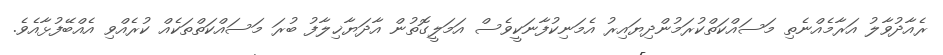
ރެއާދުވާލު އަރާމެއްނެތި މަސައްކަތްކުރަމުންދިޔައިރު އެމަނިކުފާނަކީވެސް އަމަލީގޮތުން އާދަޔާޚިލާފު ބުރަ މަސައްކަތްތަކެއް ކުރެއްވި އެއްބޭފުޅާއެވެ.